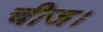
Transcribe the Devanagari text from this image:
चीज।